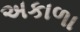
અકાળા